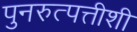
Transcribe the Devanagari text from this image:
पुनरुत्पत्तीशी